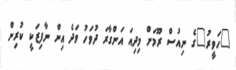
"ހަވީރު"ގެ ނިއުސް ރޫމަށް މިދިއަ އަންގާރަ ދުވަހު ވަދެ އިން ނާފިޒަކީ ކުރިން